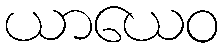
ယာယေဝ